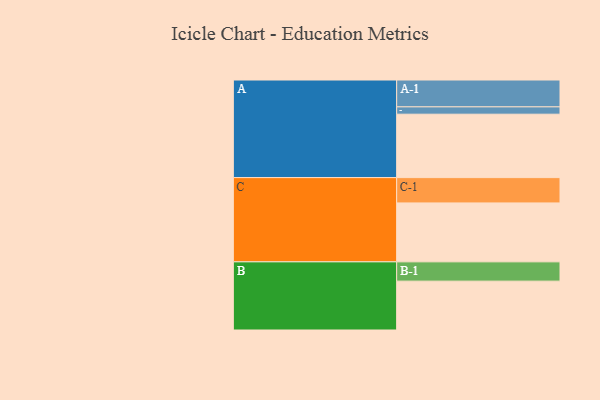
{"axis": {"x": "Segment", "y": "Value"}, "legend": ["", "A", "B", "C"], "data": [{"x": "A", "y": 536, "type": ""}, {"x": "B", "y": 413, "type": ""}, {"x": "C", "y": 498, "type": ""}, {"x": "A-1", "y": 227, "type": "A"}, {"x": "A-2", "y": 62, "type": "A"}, {"x": "B-1", "y": 163, "type": "B"}, {"x": "C-1", "y": 214, "type": "C"}]}